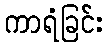
ကာရံခြင်း